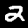
Digit: 2